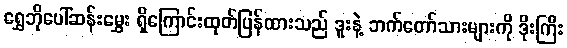
ရွှေဘိုပေါ်ဆန်းမွှေး ရှိကြောင်းထုတ်ပြန်ထားသည် ဒူးနဲ့ ဘက်တော်သားများကို ဒိုးကြီး